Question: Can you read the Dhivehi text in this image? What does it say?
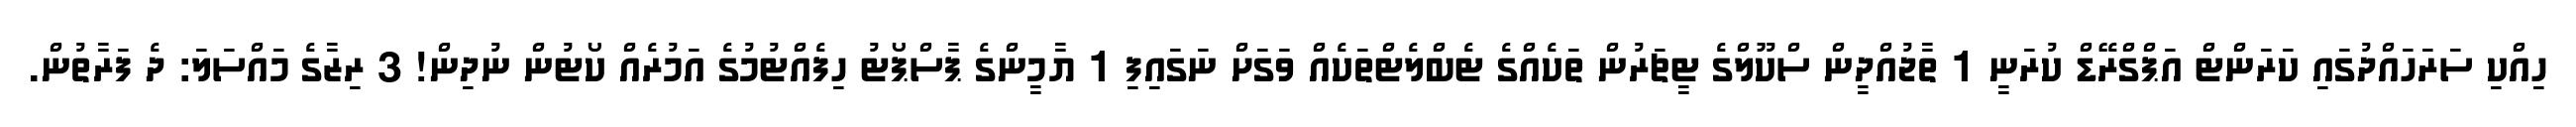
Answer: ހިއްކި ސަރަހައްދުގައި ކަރަންޓް އަޕްގްރޭޑް ކުރަނީ 1 ތާޖުއްދީން ސްކޫލްގެ ޓީޗަރުން ތަކެއްގެ ޓެބްލެޓްތަކެއް ވަގަށް ނަގައިފި 1 ޔާމީންގެ ޕާސްޕޯޓު ހިފެއްޓުމުގެ އަމުރެއް ކޯޓުން ނުދިން! 3 ރިޒާގެ މައްސަލަ: ދެ ފަރާތުން.